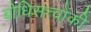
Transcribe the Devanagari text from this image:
बोधिसत्त्‍वोंकी